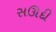
સઊદી